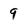
Character: 9